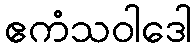
ဧကံသဝါဒေါ